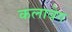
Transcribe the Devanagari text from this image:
कलावेग